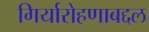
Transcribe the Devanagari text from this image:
गिर्यारोहणाबद्दल